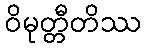
ဝိမုတ္တီတိဿ